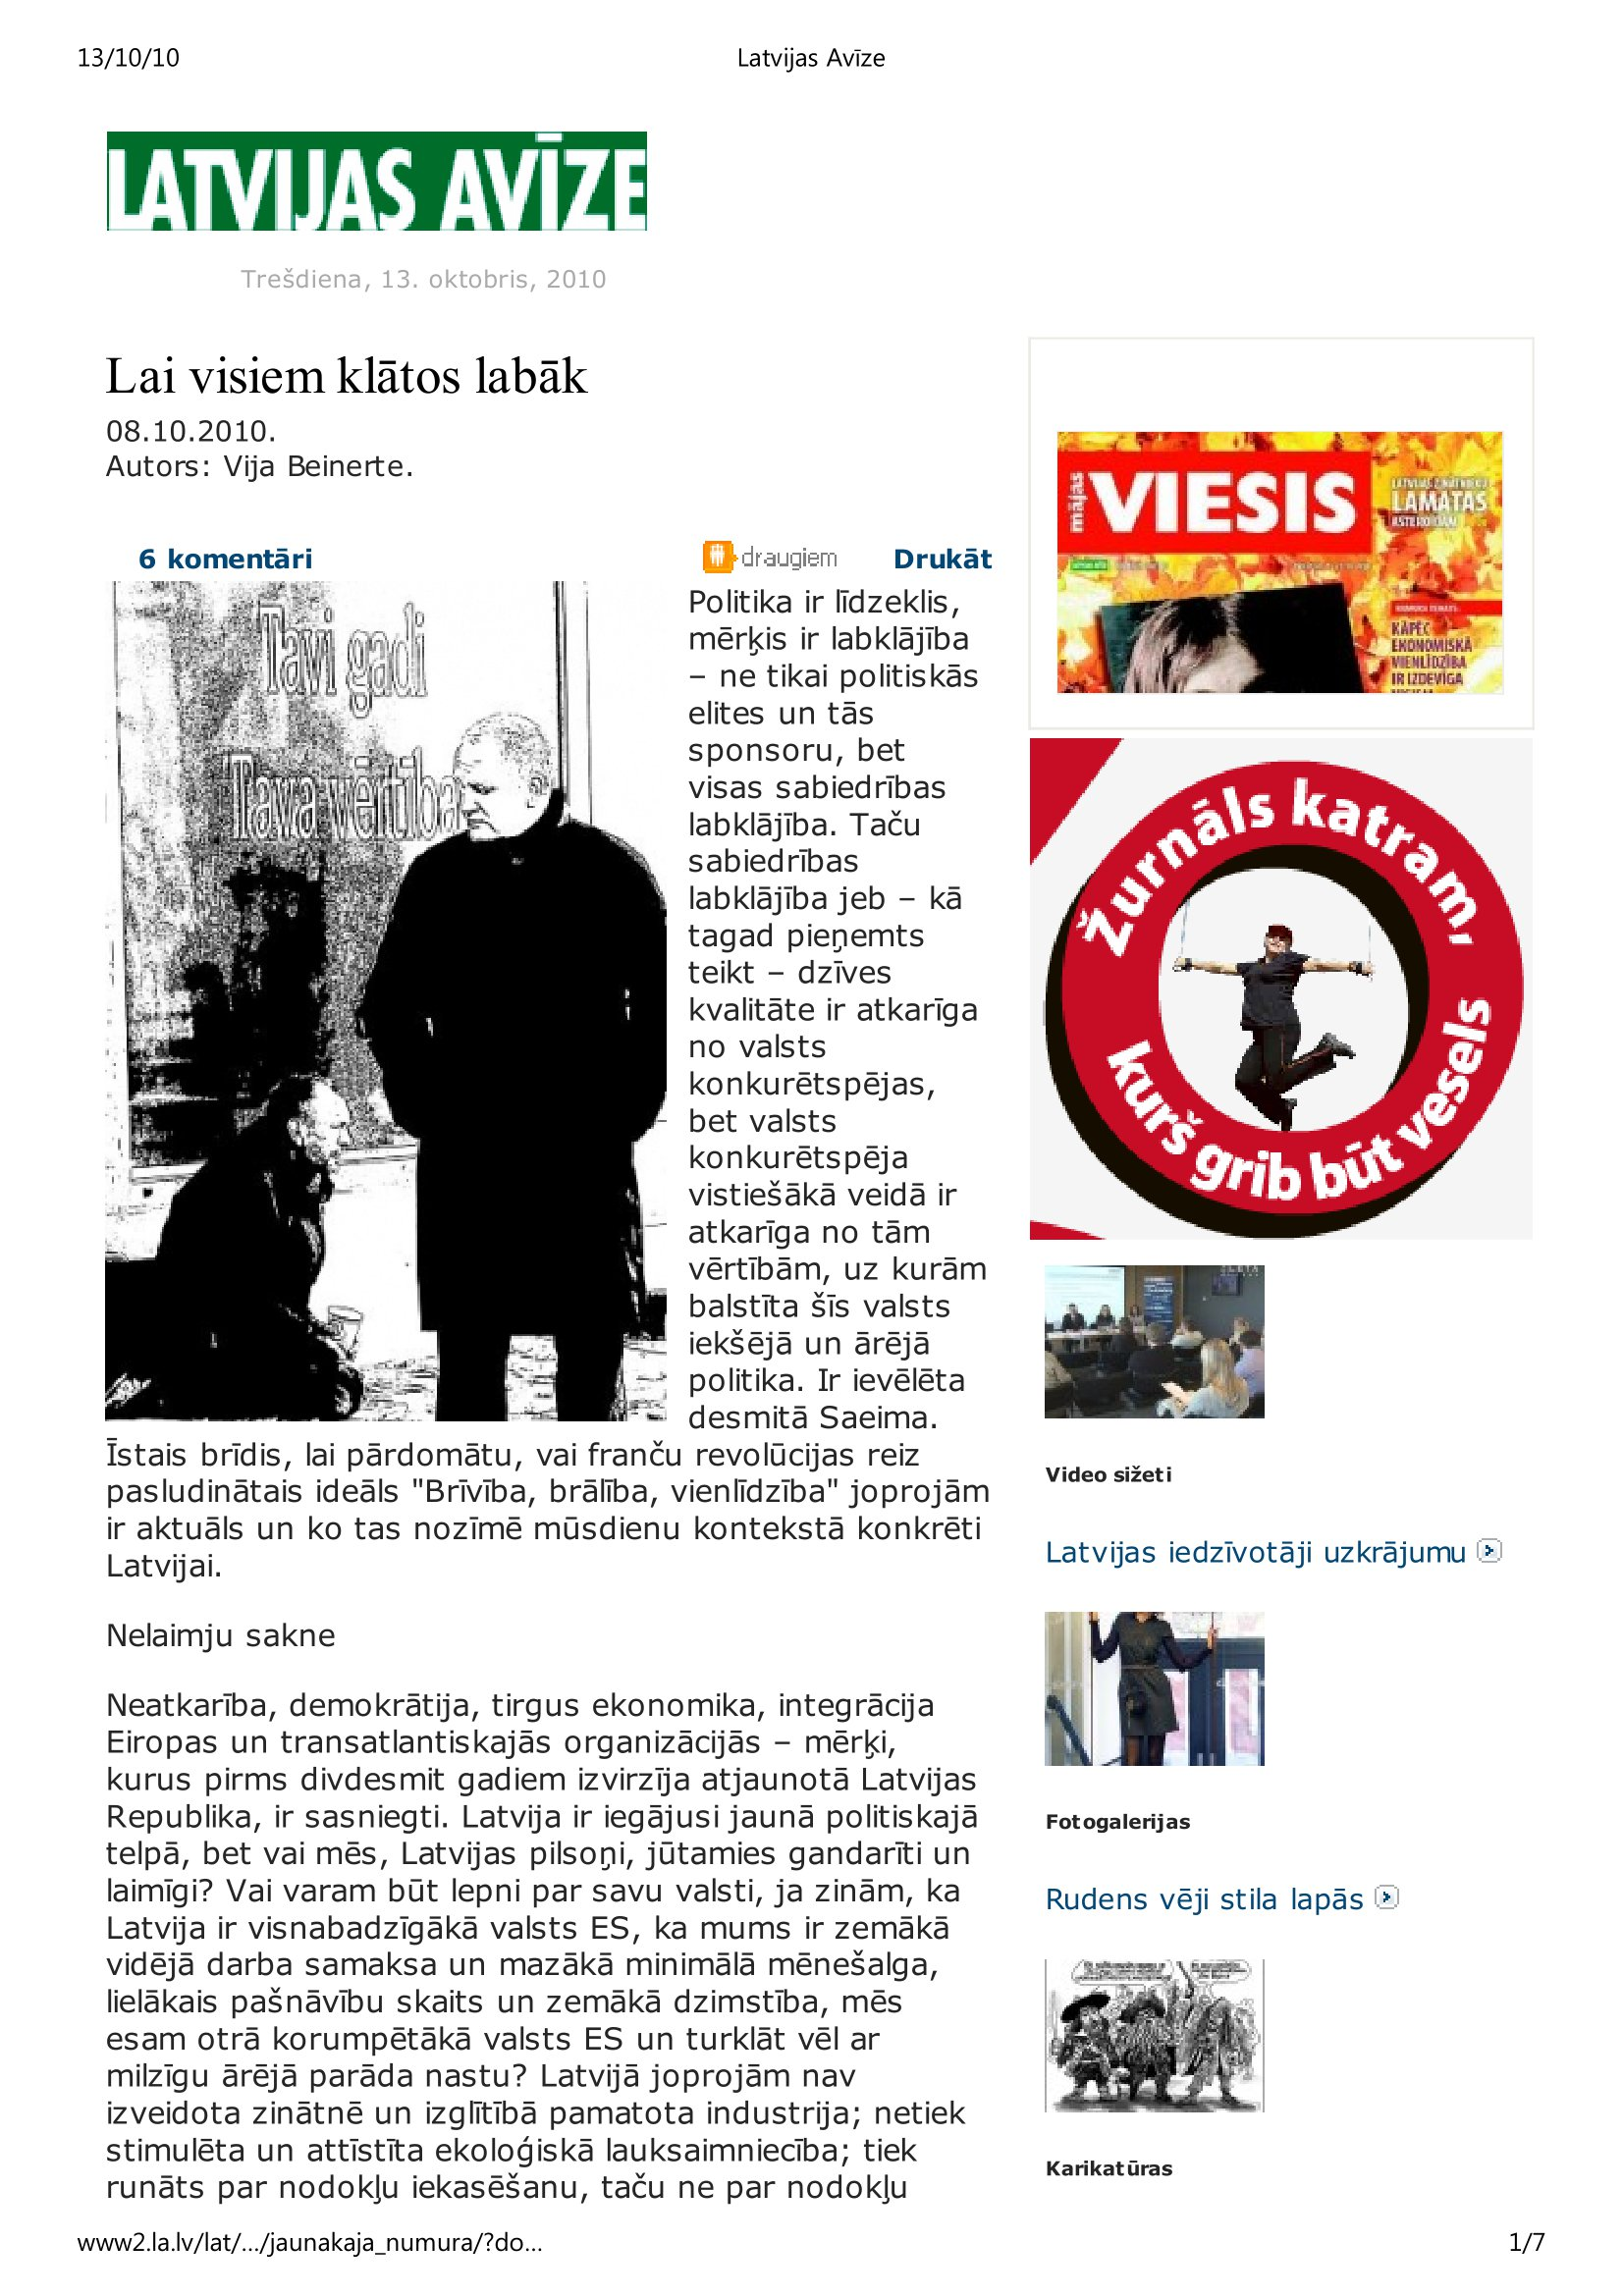
Language: lv